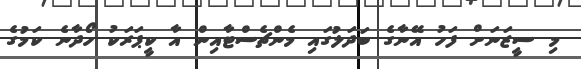
މި ސީޒަނަށް ފަހު އޭނާގެ ބަދަލުގައި މެންޗެސްޓާއިން އާ ކީޕަރަކު ހޯދާނެ ކަމުގެ